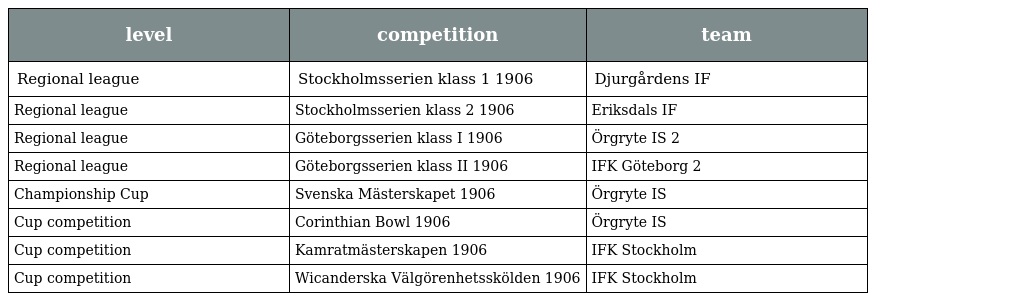
| level | competition | team |
 | --- | --- | --- |
 | Regional league | Stockholmsserien klass 1 1906 | Djurgårdens IF |
 | Regional league | Stockholmsserien klass 2 1906 | Eriksdals IF |
 | Regional league | Göteborgsserien klass I 1906 | Örgryte IS 2 |
 | Regional league | Göteborgsserien klass II 1906 | IFK Göteborg 2 |
 | Championship Cup | Svenska Mästerskapet 1906 | Örgryte IS |
 | Cup competition | Corinthian Bowl 1906 | Örgryte IS |
 | Cup competition | Kamratmästerskapen 1906 | IFK Stockholm |
 | Cup competition | Wicanderska Välgörenhetsskölden 1906 | IFK Stockholm |